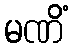
မဏိံ